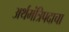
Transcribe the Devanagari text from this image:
अर्थमंत्रिपदाचा